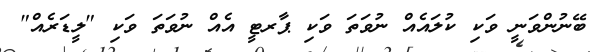
ބޭނުންވަނީ ވަކި ކުލައެއް ނުވަތަ ވަކި ޕާރޓީ އެއް ނުވަތަ ވަކި "ލީޑަރެއް"